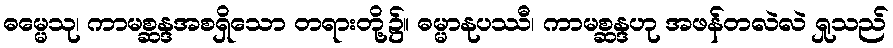
ဓမ္မေသု၊ ကာမစ္ဆန္ဒအစရှိသော တရားတို့၌။ ဓမ္မာနုပဿီ၊ ကာမစ္ဆန္ဒဟု အဖန်တလဲလဲ ရှုသည်